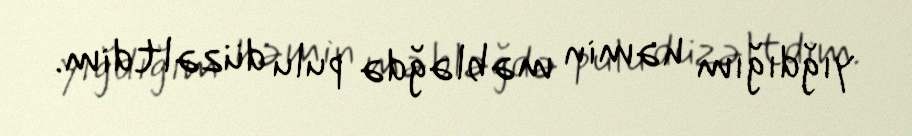
yığdığım həmin məbləğdə pulu düzəltdim.